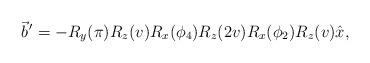
LaTeX: \begin{align*}\vec b^{\,\prime}=-R_y(\pi)R_z(v)R_x(\phi_4) R_z(2v)R_x(\phi_2)R_z(v)\hat x,\end{align*}